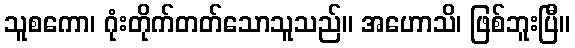
သူစကော၊ ဂုံးတိုက်တတ်သောသူသည်။ အဟောသိ၊ ဖြစ်ဘူးပြီ။